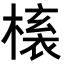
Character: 𭫱